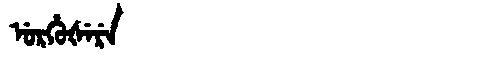
Manchu: ᡠᡵᡥᡠᡧᡝᡵᡝ
Romanization: URHUŠERE